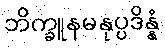
ဘိက္ခူနမနုပ္ပဒိန္နံ